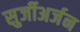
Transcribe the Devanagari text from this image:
सुर्जीअर्जन